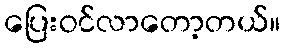
ပြေးဝင်လာတော့တယ်။